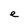
Character: e